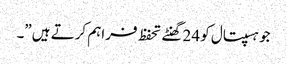
جو ہسپتال کو 24 گھنٹے تحفظ فراہم کرتے ہیں”۔